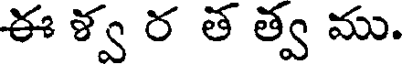
ఈ ళ్వ ర త త్వ ము.